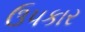
ઉ૫કાર